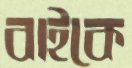
বাইকে